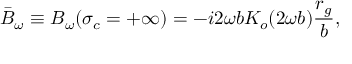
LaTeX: \bar { B } _ { \omega } \equiv B _ { \omega } ( \sigma _ { c } = + \infty ) = - i 2 \omega b K _ { o } ( 2 \omega b ) \frac { r _ { g } } { b } ,